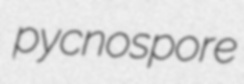
pycnospore